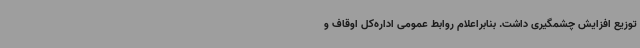
توزیع افزایش چشمگیری داشت. بنابراعلام روابط عمومی اداره‌کل اوقاف و